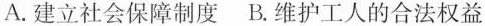
A.建立社会保障制度B.维护工人的合法权益